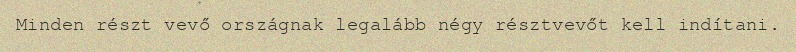
Minden részt vevő országnak legalább négy résztvevőt kell indítani.